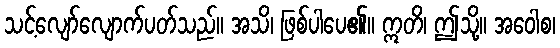
သင့်လျော်လျောက်ပတ်သည်။ အသိ၊ ဖြစ်ပါပေ၏။ ဣတိ၊ ဤသို့။ အဝေါစ၊